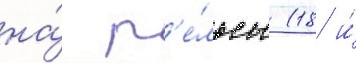
на́ р'е́льсы (18 и́